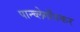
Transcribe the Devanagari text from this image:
पान्च्लेगाँवकर